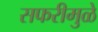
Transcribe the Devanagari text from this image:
सफरीमुळे